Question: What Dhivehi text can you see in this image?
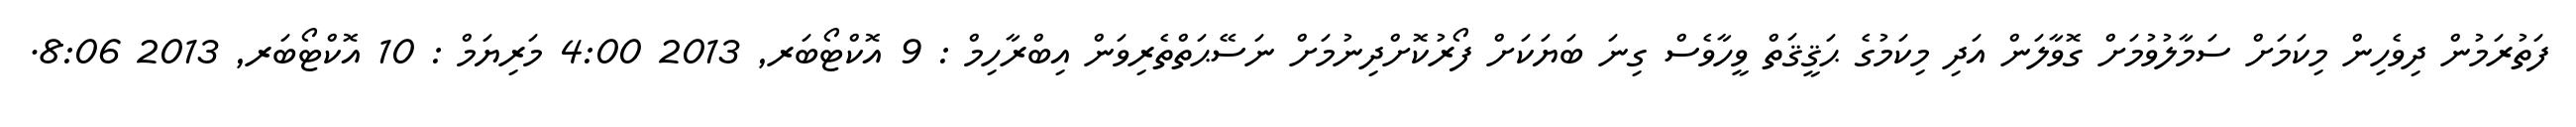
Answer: ފަތުރަމުން ދިވެހިން މިކަމަށް ސަމާލުވުމަށް ގޮވާލަން އަދި މިކަމުގެ ޙަޤީޤަތް ވީހާވެސް ގިނަ ބަޔަކަށް ފޯރުކޮށްދިނުމަށް ނަސޭޙަތްތެރިވަން އިބްރާހިމް : 9 އޮކްޓޯބަރ, 2013 4:00 މަރިޔަމް : 10 އޮކްޓޯބަރ, 2013 8:06.